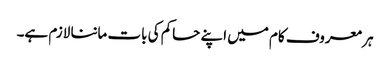
ہر معروف کام میں اپنے حاکم کی بات ماننا لازم ہے۔